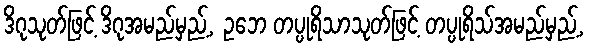
ဒိဂုသုတ်ဖြင့် ဒိဂုအမည်မှည့်, ဥဘေ တပ္ပုရိသာသုတ်ဖြင့် တပ္ပုရိသ်အမည်မှည့်,